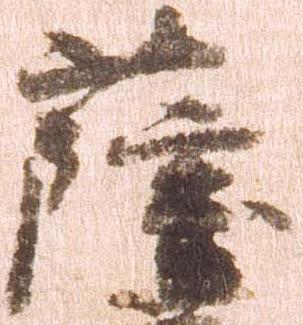
薩